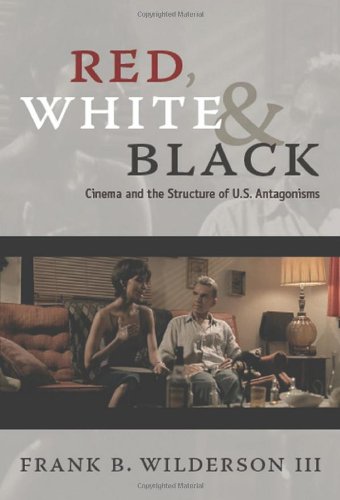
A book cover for Red, White & Black: Cinema and the Structure of U.S. Antagonisms; Frank B. Wilderson III; Humor & Entertainment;